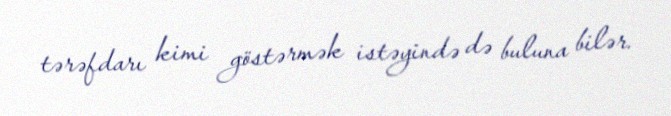
tərəfdarı kimi göstərmək istəyində də buluna bilər.